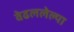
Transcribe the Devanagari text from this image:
वेढललेल्या